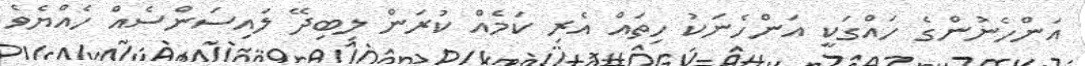
އަންހެނުންގެ ހައްގަކީ އަންހެނަކު ހިތައް އެރި ކަމެއް ކުރަން ލިބިދޭ ލައިސަންސެއް ހެއްޔެވެ